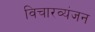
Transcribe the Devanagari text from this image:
विचारव्यंजन